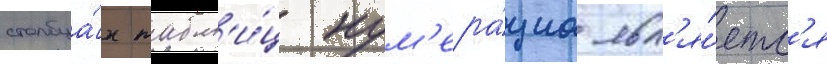
столбца́х табл'и́ц нум'ера́циа явл'я́етс'я